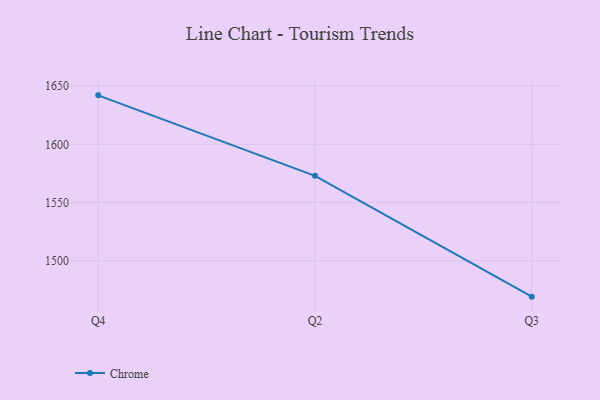
{"axis": {"x": "Quarter", "y": "Page Views"}, "legend": ["Chrome"], "data": [{"x": "Q4", "y": 1642.1, "type": "Chrome"}, {"x": "Q2", "y": 1573.0, "type": "Chrome"}, {"x": "Q3", "y": 1469.2, "type": "Chrome"}]}